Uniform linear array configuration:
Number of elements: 32
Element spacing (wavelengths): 0.25
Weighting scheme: kaiser
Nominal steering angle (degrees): -15
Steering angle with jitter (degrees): -14.394
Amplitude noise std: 0.05
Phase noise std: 0.05

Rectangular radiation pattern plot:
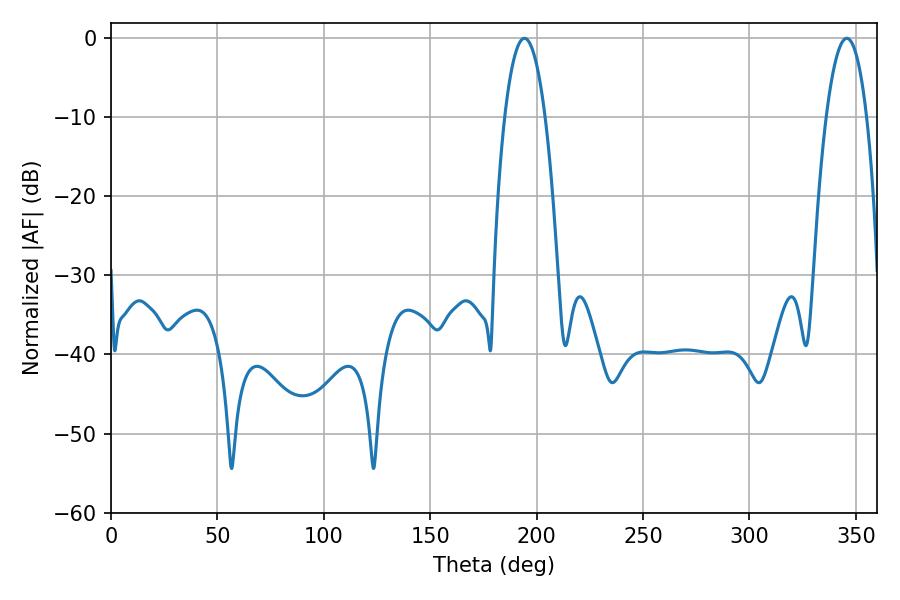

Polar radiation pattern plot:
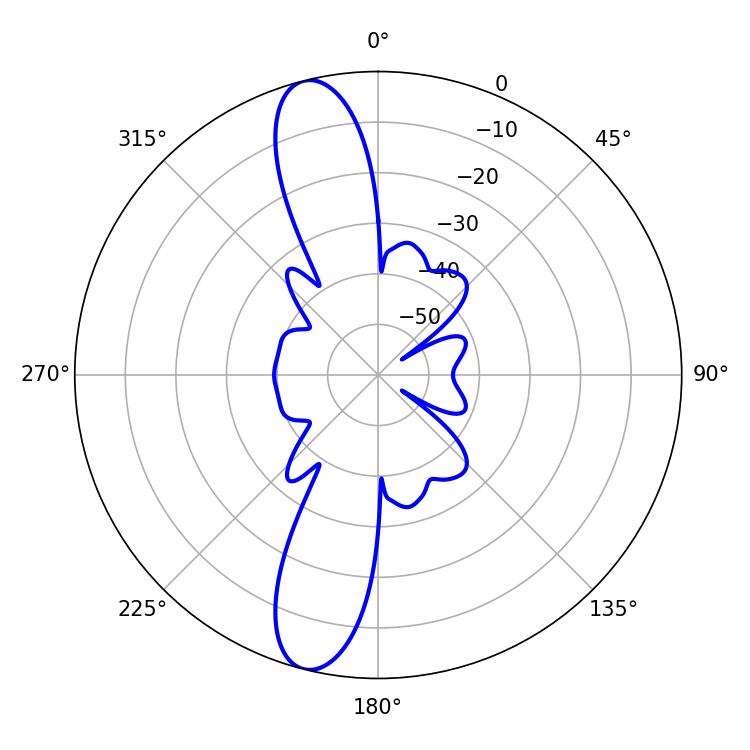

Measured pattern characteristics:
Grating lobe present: FALSE
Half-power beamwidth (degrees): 10.62
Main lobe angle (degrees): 194.22